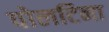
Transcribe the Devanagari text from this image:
पोलटिना